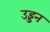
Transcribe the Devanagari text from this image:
उड्डन